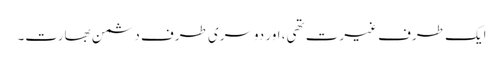
ایک طرف غیرت تھی، اور دوسری طرف دشمن بھارت۔